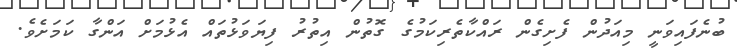
ބުނެފައިވަނީ މިއަދުން ފެށިގެން ރައްކާތެރިކަމުގެ ގޮތުން އިތުރު ފިޔަވަޅުތައް އެޅުމަށް އަންގާ ކަމަށެވެ.